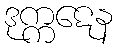
ဒုက္ကဋေန